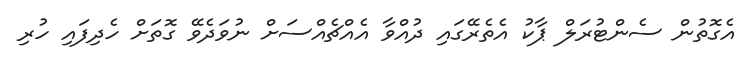
އެގޮތުން ސެންޓުރަލް ޕާކު އެތެރޭގައި ދުއްވާ އެއްޗެއްސަށް ނުވަދެވޭ ގޮތަށް ހެދިފައި ހުރި